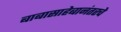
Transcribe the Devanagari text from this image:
बाबासाहेबानंतरचे